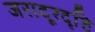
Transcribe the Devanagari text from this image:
जरादूरदृष्टि